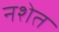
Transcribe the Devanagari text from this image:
नशेत